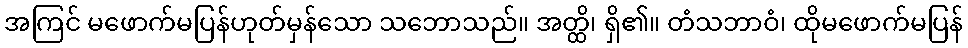
အကြင် မဖောက်မပြန်ဟုတ်မှန်သော သဘောသည်။ အတ္ထိ၊ ရှိ၏။ တံသဘာဝံ၊ ထိုမဖောက်မပြန်